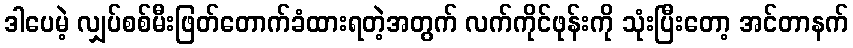
ဒါပေမဲ့ လျှပ်စစ်မီးဖြတ်တောက်ခံထားရတဲ့အတွက် လက်ကိုင်ဖုန်းကို သုံးပြီးတော့ အင်တာနက်